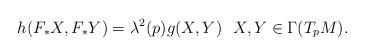
LaTeX: \begin{align*}h(F_\ast X, F_\ast Y) = \lambda^2(p) g(X, Y)~ ~ X, Y \in \Gamma(T_pM).\end{align*}